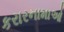
કરારનામાઓ